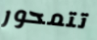
تتمحور